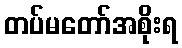
တပ်မတော်အစိုးရ